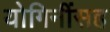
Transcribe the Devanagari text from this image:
योगिनींसह